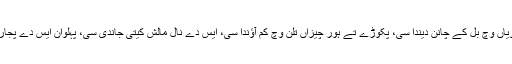
ایہہ دِیویاں وچ بل کے چانن دیندا سی، پکوڑے تے ہور چیزاں تلن وچ کم آؤندا سی، ایس دے نال مالش کیتی جاندی سی، پہلوان ایس دے پُجاری سن۔